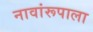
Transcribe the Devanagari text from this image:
नावांरूपाला